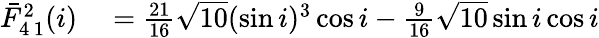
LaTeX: \begin{array}{rl}{\bar{F}_{4\, 1}^{2}(i)}&{{}=\frac{21}{16}\sqrt{10}(\sin i)^{3}\cos i-\frac{9}{16}\sqrt{10}\sin i\cos i}\end{array}